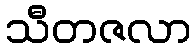
သီတဇလာ